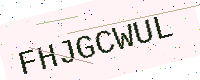
Text: FHJGCWUL